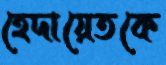
হেদায়েতকে